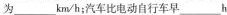
为___km/h；汽车比电动自行车早__h